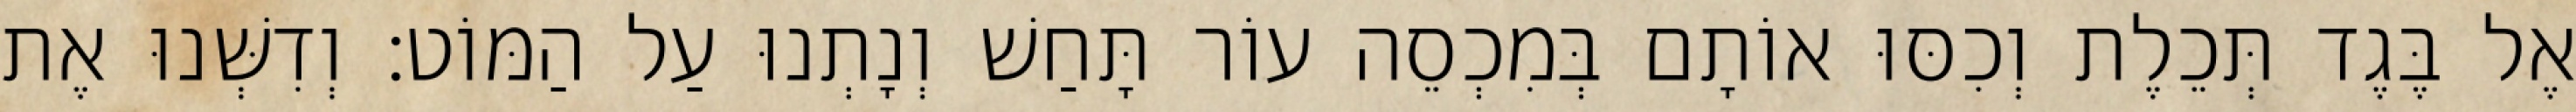
אֶל בֶּגֶד תְּכֵלֶת וְכִסּוּ אוֹתָם בְּמִכְסֵה עוֹר תָּחַשׁ וְנָתְנוּ עַל הַמּוֹט׃ וְדִשְּׁנוּ אֶת